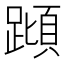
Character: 蹞